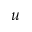
u